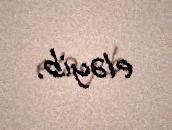
eləyib.